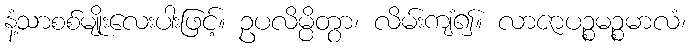
နံ့သာစစ်မျိုးလေးပါးဖြင့်။ ဥပလိမ္ပိတွာ၊ လိမ်းကျံ၍။ လာဇာပဉ္စမဉ္စမာလံ၊